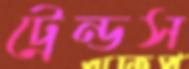
ট্রেন্ডস